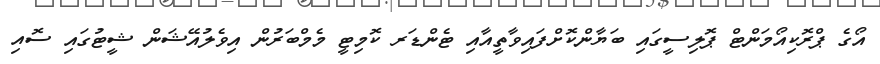
އޯގެ ޕްރޮކިއޯމަންޓް ޕޮލިސީގައި ބަޔާންކޮށްފައިވާތީއާއި ޓެންޑަރ ކޮމިޓީ މެމްބަރުން އިވެލުއޭޝަން ޝީޓުގައި ސޮއި